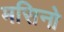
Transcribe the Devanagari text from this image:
मसिनो